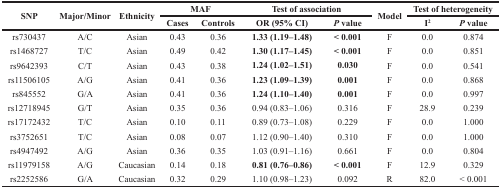
| <ROWSPAN=2> SNP | <ROWSPAN=2> Major/Minor | <ROWSPAN=2> Ethnicity | <COLSPAN=2> MAF | <COLSPAN=2> Test of association | <ROWSPAN=2> Model | <COLSPAN=2> Test of heterogeneity |
 | Cases | Controls | OR (95% CI) | P value | I2 | P value |
 | --- | --- | --- | --- | --- | --- | --- | --- | --- | --- |
 | rs730437 | A/C | Asian | 0.43 | 0.36 | 1.33 (1.19–1.48) | < 0.001 | F | 0.0 | 0.874 |
 | rs1468727 | T/C | Asian | 0.49 | 0.42 | 1.30 (1.17–1.45) | < 0.001 | F | 0.0 | 0.851 |
 | rs9642393 | C/T | Asian | 0.43 | 0.38 | 1.24 (1.02–1.51) | 0.030 | F | 0.0 | 0.541 |
 | rs11506105 | A/G | Asian | 0.41 | 0.36 | 1.23 (1.09–1.39) | 0.001 | F | 0.0 | 0.868 |
 | rs845552 | G/A | Asian | 0.41 | 0.36 | 1.24 (1.10–1.40) | 0.001 | F | 0.0 | 0.997 |
 | rs12718945 | G/T | Asian | 0.35 | 0.36 | 0.94 (0.83–1.06) | 0.316 | F | 28.9 | 0.239 |
 | rs17172432 | T/C | Asian | 0.10 | 0.11 | 0.89 (0.73–1.08) | 0.229 | F | 0.0 | 1.000 |
 | rs3752651 | T/C | Asian | 0.08 | 0.07 | 1.12 (0.90–1.40) | 0.310 | F | 0.0 | 1.000 |
 | rs4947492 | A/G | Asian | 0.36 | 0.35 | 1.03 (0.91–1.16) | 0.661 | F | 0.0 | 0.804 |
 | rs11979158 | A/G | Caucasian | 0.14 | 0.18 | 0.81 (0.76–0.86) | < 0.001 | F | 12.9 | 0.329 |
 | rs2252586 | G/A | Caucasian | 0.32 | 0.29 | 1.10 (0.98–1.23) | 0.092 | R | 82.0 | < 0.001 |